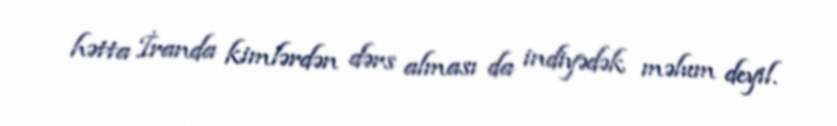
hətta İranda kimlərdən dərs alması da indiyədək məlum deyil.